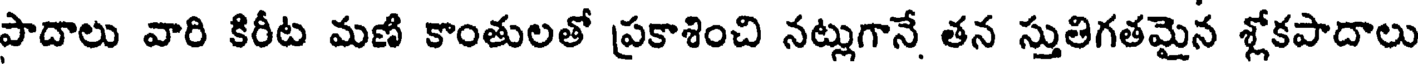
పాదాలు వారి కిరీట మణి కాంతులతో ప్రకాశించి నట్లుగానే తన స్తుతిగతమైన శ్లోకపాదాలు